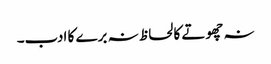
نہ چھوتے کا لحاظ نہ برے کا ادب۔